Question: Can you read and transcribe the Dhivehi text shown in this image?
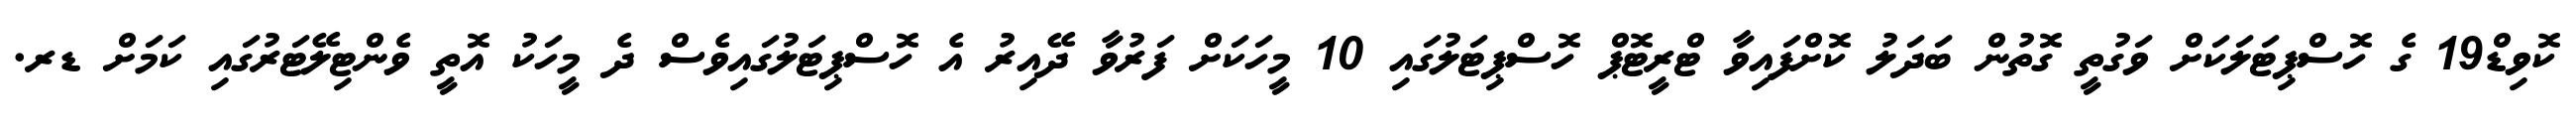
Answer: ކޮވިޑް19 ގެ ހޮސްޕިޓަލަކަށް ވަގުތީ ގޮތުން ބަދަލު ކޮށްފައިވާ ޓްރީޓޮޕް ހޮސްޕިޓަލުގައި 10 މީހަކަށް ފަރުވާ ދޭއިރު އެ ހޮސްޕިޓަލުގައިވެސް ދެ މީހަކު އޮތީ ވެންޓިލޭޓަރުގައި ކަމަށް ޑރ.